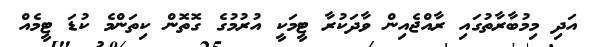
އަދި މިމުބާރާތުގައި ރާއްޖެއިން ވާދަކުރާ ޓީމަކީ އުރުމުގެ ގޮތޮން ކިތަންމެ ކުޑަ ޓީމެއް